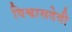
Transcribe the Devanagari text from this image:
विश्वासदेवी